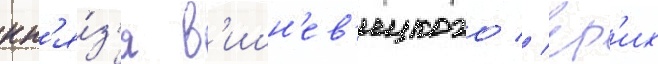
кн'я́з'я в'ишн'ев'ецкого // Ер'их